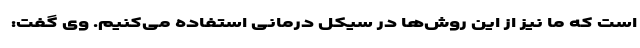
است که ما نیز از این روش‌ها در سیکل درمانی استفاده می‌کنیم. وی گفت: